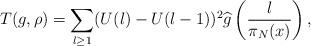
LaTeX: \begin{align*}T(g,\rho) = \sum_{l \geq 1}(U(l) - U(l-1))^2 \widehat{g}\left(\frac{l}{\pi_N(x)}\right),\end{align*}